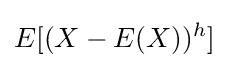
E[(X-E(X))^{h}]